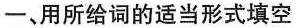
一、用所给词的适当形式填空